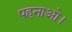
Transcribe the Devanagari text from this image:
पहनाओ।